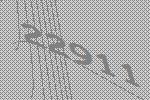
22911